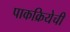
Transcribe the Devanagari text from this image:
पाकक्रियेची